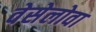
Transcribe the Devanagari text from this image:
वेसेलोवा